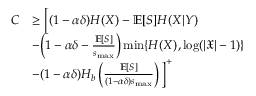
\begin{array} { r l } { C } & { \ge \Big [ ( 1 - \alpha \delta ) H ( X ) - \mathbb { E } [ S ] H ( X | Y ) } \\ & { - \Big ( 1 - \alpha \delta - \frac { \mathbb { E } [ S ] } { s _ { \operatorname* { m a x } } } \Big ) \operatorname* { m i n } \{ H ( X ) , \log ( | \mathfrak { X } | - 1 ) \} } \\ & { - ( 1 - \alpha \delta ) H _ { b } \left( \frac { \mathbb { E } [ S ] } { ( 1 - \alpha \delta ) s _ { \operatorname* { m a x } } } \right) \Big ] ^ { + } } \end{array}